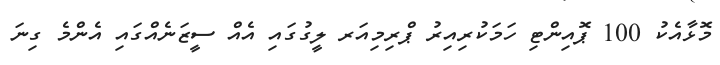
މޮޅާއެކު 100 ޕޮއިންޓި ހަމަކުރިއިރު ޕްރިމިއަރ ލީގުގައި އެއް ސީޒަނެއްގައި އެންމެ ގިނަ